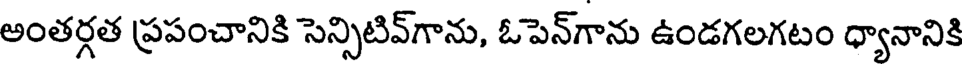
అంతర్గత ప్రపంచానికి సెన్సిటివ్గాను, ఓపెన్గాను ఉండగలగటం ధ్యానానికి